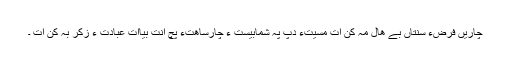
چاریں فرضءُُ سُنتاں بے ھال مہ کن اِت مَسیّتءِ دپ پہ شمابِیست ءُُ چارساھتءَ پَچ اِنت بیااِت عبادت ءُُ زِکر بہ کن اِت ۔